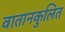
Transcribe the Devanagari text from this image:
वातानकुलित